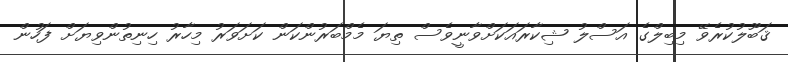
ޤަބޫލުކުރެވޭ މިބިލްގެ އަސްލު ޝިކާރައަކަށްވާނީވެސް ތިޔަ މެމްބަރުންކަން ކަށަވަރު މިހާރު ހިނިތުންވިޔަށް ފަހުން